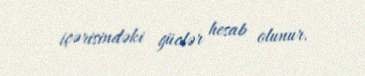
içərisindəki güclər hesab olunur.